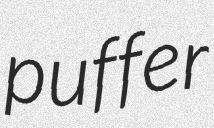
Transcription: puffer